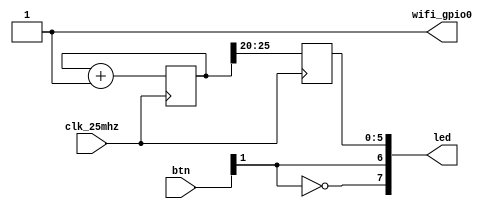
module top(input clk_25mhz,
           input [6:0] btn,
           output [7:0] led,
           output wifi_gpio0);

    // keep esp32 board from rebooting (specific for ulx3s board)
    assign wifi_gpio0 = 1'b1;

    wire i_clk;
    assign i_clk= clk_25mhz;

    reg [7:0] o_led;
    assign led= o_led;

    localparam ctr_width = 26;
    reg [ctr_width-1:0] ctr = 0;

    // direct wiring of F1 button to led6
    assign o_led[6] = btn[1];

    // direct wiring thru a not gate of F1 button to led6
    assign o_led[7] = !btn[1];
    
    // each time the clock signal change : inc counter, copy value to leds
    always @(posedge i_clk) begin
        ctr <= ctr + 1; // increment counter
        o_led[5:0] <= ctr[25:20]; // copy the 6 highest bit([20]->[25]) to output leds
    end

endmodule